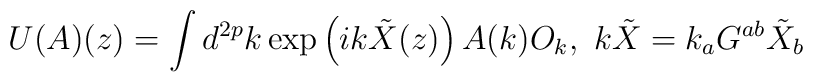
U(A)(z)=\int d^{2p} k \exp \left(i k \tilde{X}(z)\right) A(k)O_k, \ k\tilde{X}=k_aG^{ab}\tilde{X}_b \